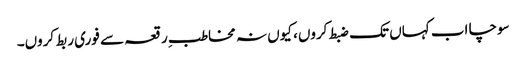
سوچا اب کہاں تک ضبط کروں، کیوں نہ مخاطبِ رقعہ سے فوری ربط کروں۔